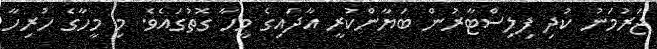
ޖަރުމަނު ކުދި ފިލިސްޓާރުން ބަޔާންކުރީ އާދައިގެ މީހާ ގޮތުގައެވެ. މި މީހާގެ ހުރިހާ